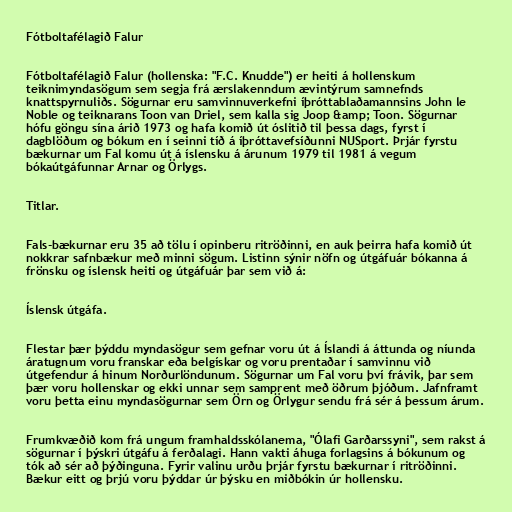
Fótboltafélagið Falur

Fótboltafélagið Falur (hollenska: "F.C. Knudde") er heiti á hollenskum
teiknimyndasögum sem segja frá ærslakenndum ævintýrum samnefnds
knattspyrnuliðs. Sögurnar eru samvinnuverkefni íþróttablaðamannsins John le
Noble og teiknarans Toon van Driel, sem kalla sig Joop &amp; Toon. Sögurnar
hófu göngu sína árið 1973 og hafa komið út óslitið til þessa dags, fyrst í
dagblöðum og bókum en í seinni tíð á íþróttavefsíðunni NUSport. Þrjár fyrstu
bækurnar um Fal komu út á íslensku á árunum 1979 til 1981 á vegum
bókaútgáfunnar Arnar og Örlygs.

Titlar.

Fals-bækurnar eru 35 að tölu í opinberu ritröðinni, en auk þeirra hafa komið út
nokkrar safnbækur með minni sögum. Listinn sýnir nöfn og útgáfuár bókanna á
frönsku og íslensk heiti og útgáfuár þar sem við á:

Íslensk útgáfa.

Flestar þær þýddu myndasögur sem gefnar voru út á Íslandi á áttunda og níunda
áratugnum voru franskar eða belgískar og voru prentaðar í samvinnu við
útgefendur á hinum Norðurlöndunum. Sögurnar um Fal voru því frávik, þar sem
þær voru hollenskar og ekki unnar sem samprent með öðrum þjóðum. Jafnframt
voru þetta einu myndasögurnar sem Örn og Örlygur sendu frá sér á þessum árum.

Frumkvæðið kom frá ungum framhaldsskólanema, "Ólafi Garðarssyni", sem rakst á
sögurnar í þýskri útgáfu á ferðalagi. Hann vakti áhuga forlagsins á bókunum og
tók að sér að þýðinguna. Fyrir valinu urðu þrjár fyrstu bækurnar í ritröðinni.
Bækur eitt og þrjú voru þýddar úr þýsku en miðbókin úr hollensku.